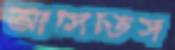
আসিতিস